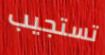
تستجيب